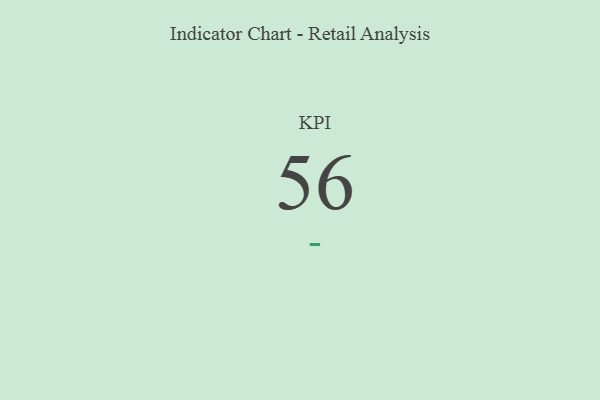
{"axis": {"x": "KPI", "y": "Value"}, "legend": [""], "data": [{"x": "KPI", "y": 56, "type": ""}]}